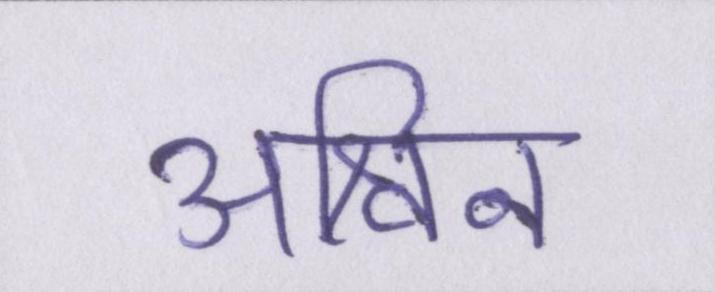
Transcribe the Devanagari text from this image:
अश्विन